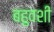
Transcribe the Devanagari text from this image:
बहुवशी